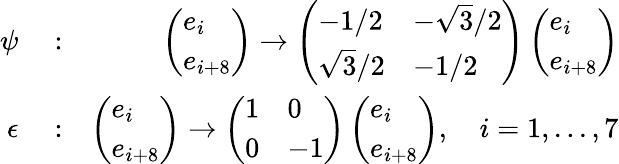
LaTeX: \begin{array}{rlr}{\psi}&{{}:}&{\left(\begin{array}{l}{e_{i}}\\ {e_{i+8}}\end{array}\right)\rightarrow\left(\begin{array}{ll}{-1/2}&{-\sqrt{3}/2}\\ {\sqrt{3}/2}&{-1/2}\end{array}\right)\left(\begin{array}{l}{e_{i}}\\ {e_{i+8}}\end{array}\right)}\\ {\epsilon}&{{}:}&{\left(\begin{array}{l}{e_{i}}\\ {e_{i+8}}\end{array}\right)\rightarrow\left(\begin{array}{ll}{1}&{0}\\ {0}&{-1}\end{array}\right)\left(\begin{array}{l}{e_{i}}\\ {e_{i+8}}\end{array}\right),\quad i=1,...,7}\end{array}